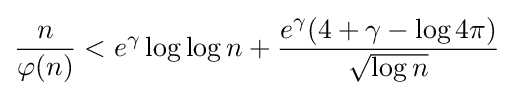
{\frac {n}{\varphi (n)}}<e^{\gamma }\log \log n+{\frac {e^{\gamma }(4+\gamma -\log 4\pi )}{\sqrt {\log n}}}